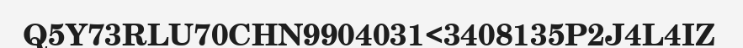
Q5Y73RLU70CHN9904031<3408135P2J4L4IZ